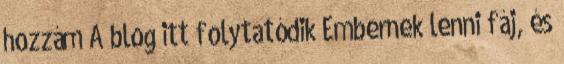
hozzám A blog itt folytatódik Embernek lenni fáj, és